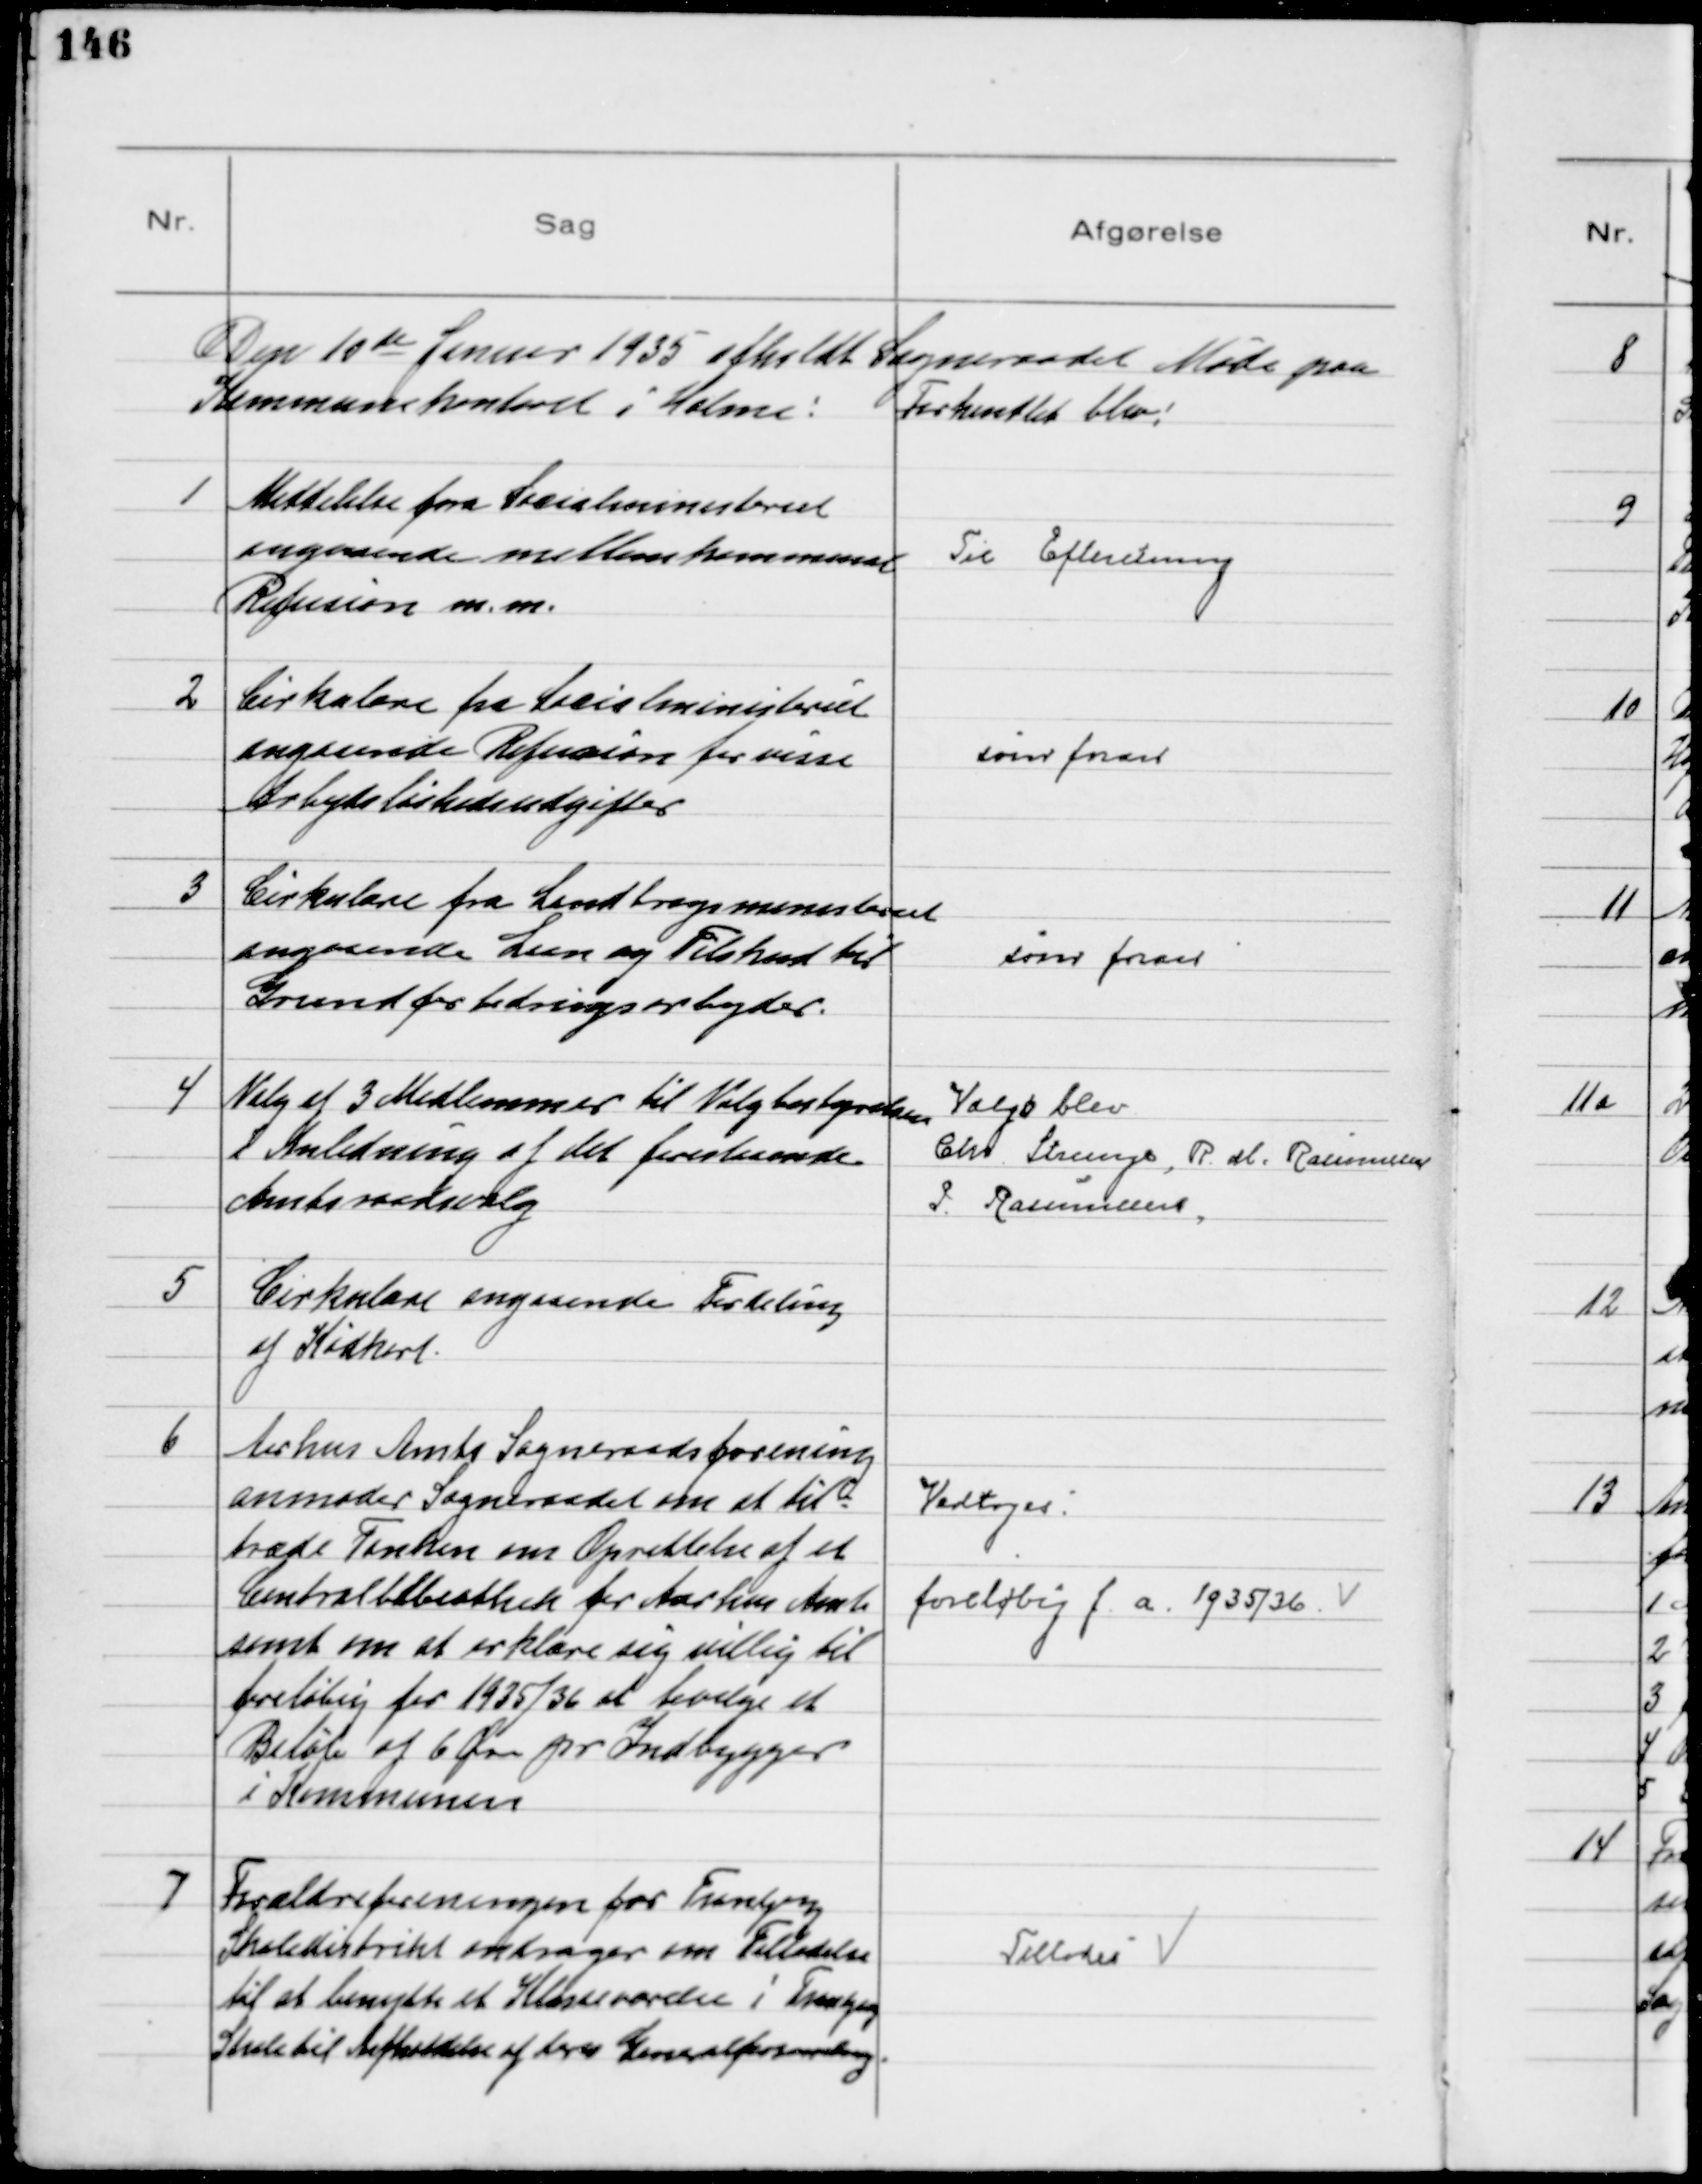
Transskription:
Den 10de Januar 1935 afholdt Sogneraadet Møde paa
Kommunekontoret i Holme! Forhandlet blev!

1
Meddelelse fra Socialministeriet
angaaende mellemkommunal
Refusion m.m.

Til Efteretning

2
Cirkulære fra Socialministeriet
angaaende Refusion for visse
Arbejdsløshedsudgifter

som foran

3
Cirkulære fra Landbrugsministeriet
angaaende Laan og Tilskud til
Grundforbedringsarbejder.

som foran

4
Valg af 3 Medlemmer til Valgbestyrelsen
i Anledning af det forestaaende
Amtsraadsvalg
Valgt blev
Chr. Strunge, R. M. Rasmussen
P. Rasmussen

5
Cirkulære angaaende Fordeling
af Kødkort

6
Aarhus Amts Sogneraadsforening
anmoder Sogneraadet om at til=
træde Tanken om Oprettelse af et
Centralbibliothek for Aarhus Amt
samt om at erklære sig villig til
foreløbig for 1935/36 at bevilge et
Beløb af 6 Øre pr Indbygger
i Kommunen

Vedtoges
foreløbig  f a. 1935/36

7
Forældreforeningen for Tranbjerg
Skoledistrikt andrager om Tilladelse
til at benytte et Klasseværelse i Tranbjerg
Skole til Afholdelse af deres Generalforsamling

Tillodes